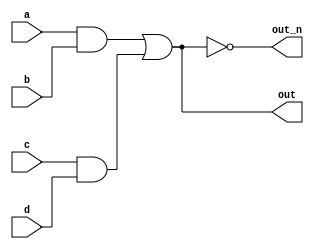
// https://hdlbits.01xz.net/wiki/Wire_decl
module top_modul(
    input a,
    input b,
    input c,
    input d,
    output out,
    output out_n   ); 
    assign out = (a&b) | (c&d);
    assign out_n = ~out;
endmodule

// this office solve
/*
module top_module (
	input a,
	input b,
	input c,
	input d,
	output out,
	output out_n );
	
	wire w1, w2;		// Declare two wires (named w1 and w2)
	assign w1 = a&b;	// First AND gate
	assign w2 = c&d;	// Second AND gate
	assign out = w1|w2;	// OR gate: Feeds both 'out' and the NOT gate

	assign out_n = ~out;	// NOT gate
	
endmodule

*/